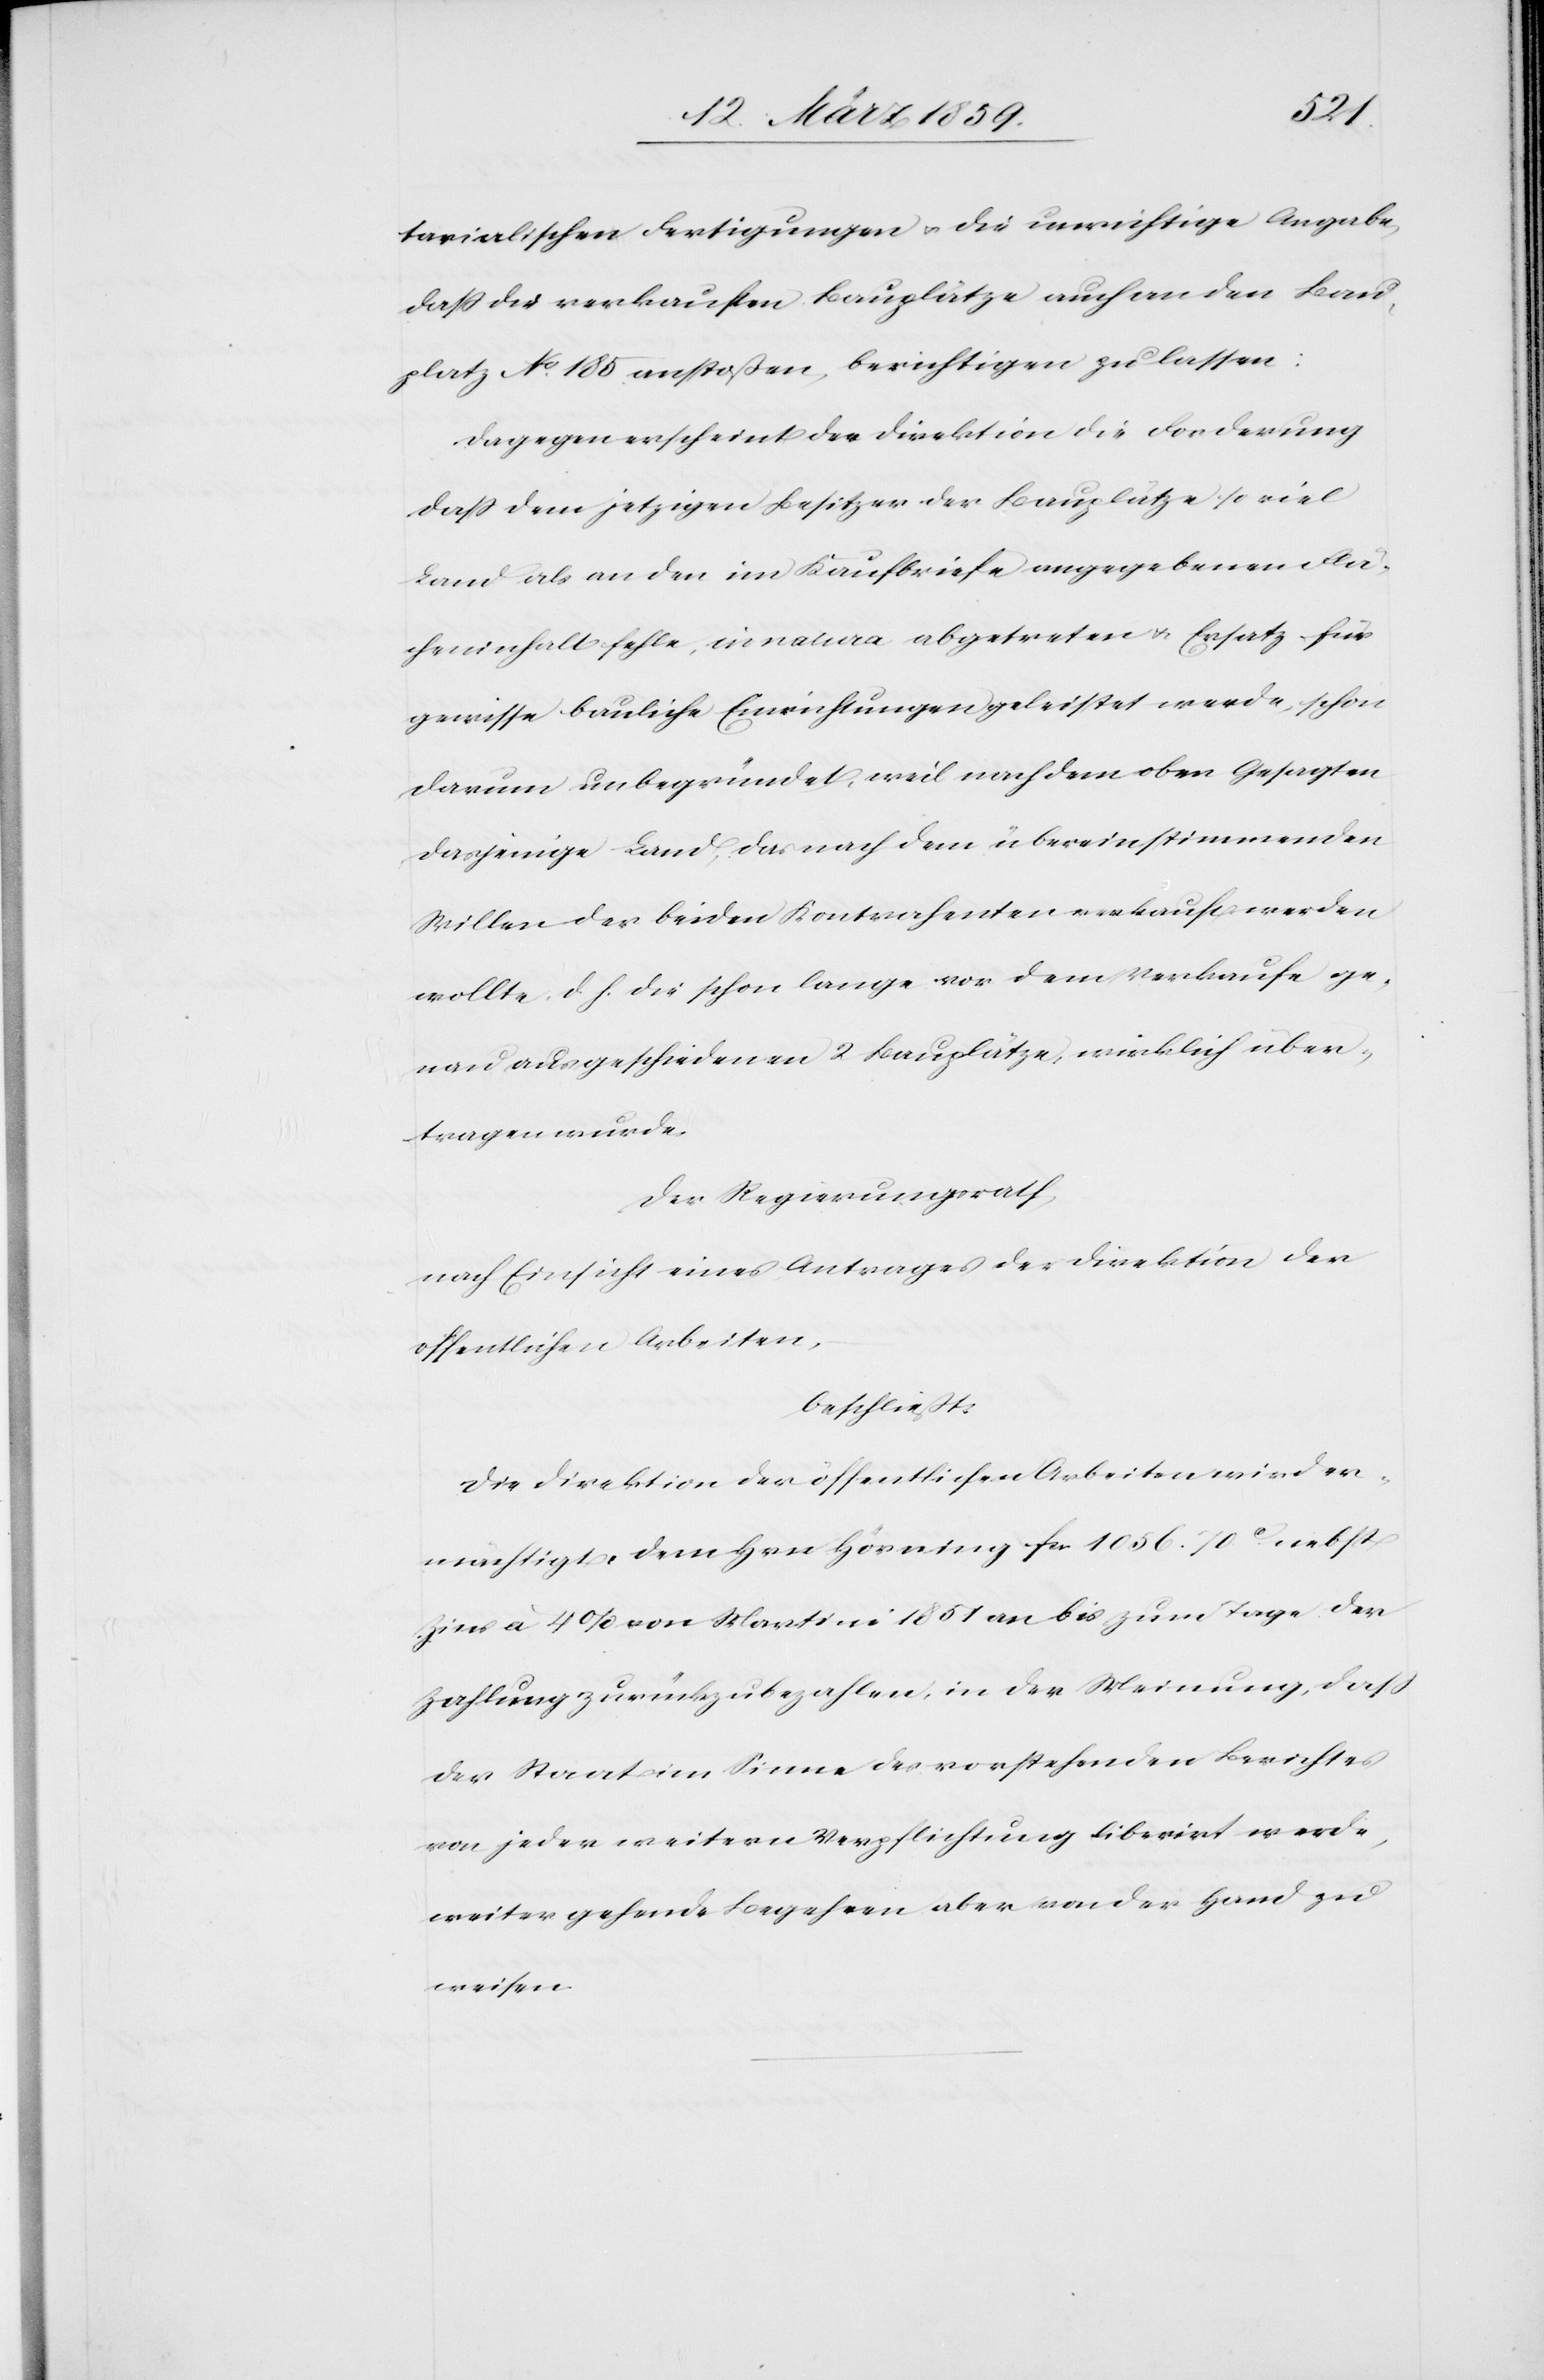
tarialischen Fertigungen u. die unrichtige Angabe,
daß die verkauften Bauplätze auch an den Bau¬
platz No. 185 anstoßen, berichtigen zu lassen:
Dagegen erscheint der Direktion die Forderung
daß dem jetzigen Besitzer der Bauplätze soviel
Land als an den im Kaufbriefe angegebenen Flä¬
cheninhalte, in natura abgetreten u. Ersatz für
gewisse bauliche Einrichtungen geleistet werde, schon
darum unbegründet, weil nach dem oben Gesagten
dasjenige Land, das nach dem übereinstimmenden
Willen der beiden Kontrahenten verkauft werden
wollte, d. h. die schon lange vor dem Verkaufe ge¬
nau ausgeschiedenen 2 Bauplätze, wirklich über¬
tragen wurde.
Der Regierungsrath,
nach Einsicht eines Antrages der Direktion der
öffentlichen Arbeiten,
beschließt:
Die Direktion der öffentlichen Arbeiten wird er¬
mächtigt, dem Hrn Hörning fcs. 1056. 70 c. nebst
Zins à 4 % von Martini 1851 an bis zum Tage der
Zahlung zurückzubezahlen, in der Meinung, daß
der Staat im Sinne des vorstehenden Berichtes
von jeder weitern Verpflichtung liberirt werde,
weiter gehende Begehren aber von der Hand zu
weisen.